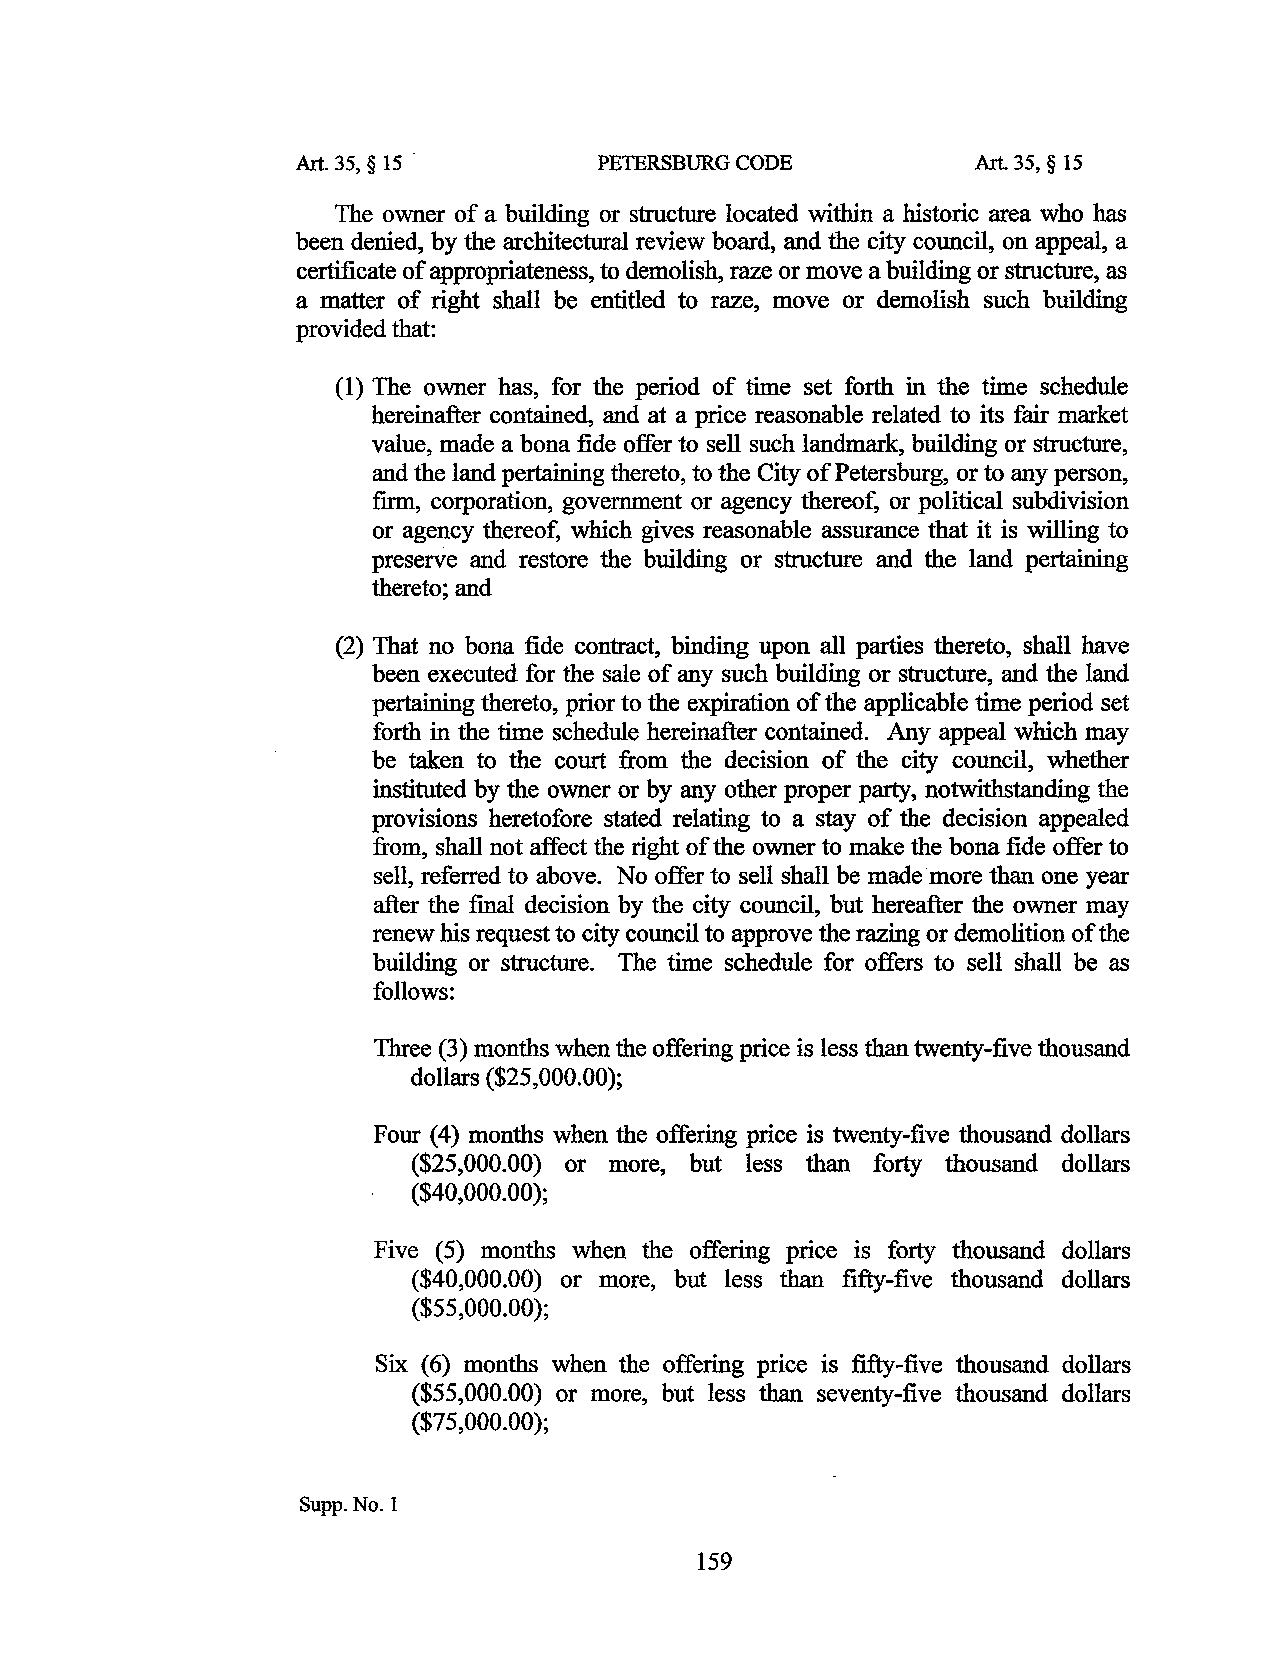
Art. 35, § 15 .     PETERSBURG CODE          Art. 35, § 15
 The owner of a building or structure located within a historic area who has
 been denied, by the architectural review board, and the city council, on appeal, a
 certificate of appropriateness, to demolish, raze or move a building or structure, as
 a matter of right shall be entitled to raze, move or demolish such building
 provided that:
 (1) The owner has, for the period of time set forth in the time schedule
 hereinafter contained, and at a price reasonable related to its fair market
 value, made a bona fide offer to sell such landmark, building or structure,
 and the land pertaining thereto, to the City of Petersburg, or to any person,
 firm, corporation, government or agency thereof, or political subdivision
 or agency thereof, which gives reasonable assurance that it is willing to
 preserve and restore the building or structure and the land pertaining
 thereto; and
 (2) That no bona fide contract, binding upon all parties thereto, shall have
 been executed for the sale of any such building or structure, and the land
 pertaining thereto, prior to the expiration of the applicable time period set
 forth in the time schedule hereinafter contained. Any appeal which may
 be taken to the court from the decision of the city council, whether
 instituted by the owner or by any other proper party, notwithstanding the
 provisions heretofore stated relating to a stay of the decision appealed
 from, shall not affect the right of the owner to make the bona fide offer to
 sell, referred to above. No offer to sell shall be made·more than one year
 after the final decision by the city council, but hereafter the owner may
 renew his request to city council to approve the razing or demolition of the
 building or structure. The time schedule for offers to sell shall be as
 follows:
 Three (3) months when the offering price is less than twenty-five thousand
 dollars ($25,000.00);
 Four (4) months when the offering price is twenty-five thousand dollars
 ($25,000.00) or more, but less than forty thousand dollars
 ($40,000.00);
 Five (5) months when the offering price is forty thousand dollars
 ($40,000.00) or more, but less than fifty-five thousand dollars
 ($55,000.00);
 Six (6) months when the offering price is fifty-five thousand dollars
 ($55,000.00) or more, but less than seventy-five thousand dollars
 ($75,000.00);
 Supp. No.1
 159